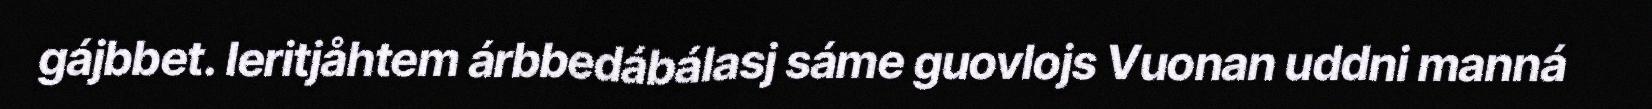
gájbbet. Ieritjåhtem árbbedábálasj sáme guovlojs Vuonan uddni manná